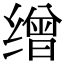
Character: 缯